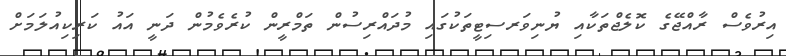
އިރުވެސް ރާއްޖޭގެ ކޮލެޖްތަކާއި ޔުނިވަރސިޓީތަކުގައި މުދައްރިސުން ތަމްރީން ކުރެވެމުން ދަނީ އައު ކަރިކިއުލަމަށް